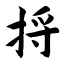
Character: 捋